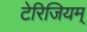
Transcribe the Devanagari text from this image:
टेरिजियम्